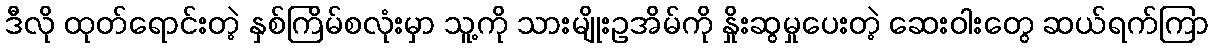
ဒီလို ထုတ်ရောင်းတဲ့ နှစ်ကြိမ်စလုံးမှာ သူ့ကို သားမျိုးဥအိမ်ကို နှိုးဆွမှုပေးတဲ့ ဆေးဝါးတွေ ဆယ်ရက်ကြာ